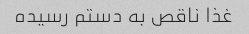
غذا ناقص به دستم رسیده